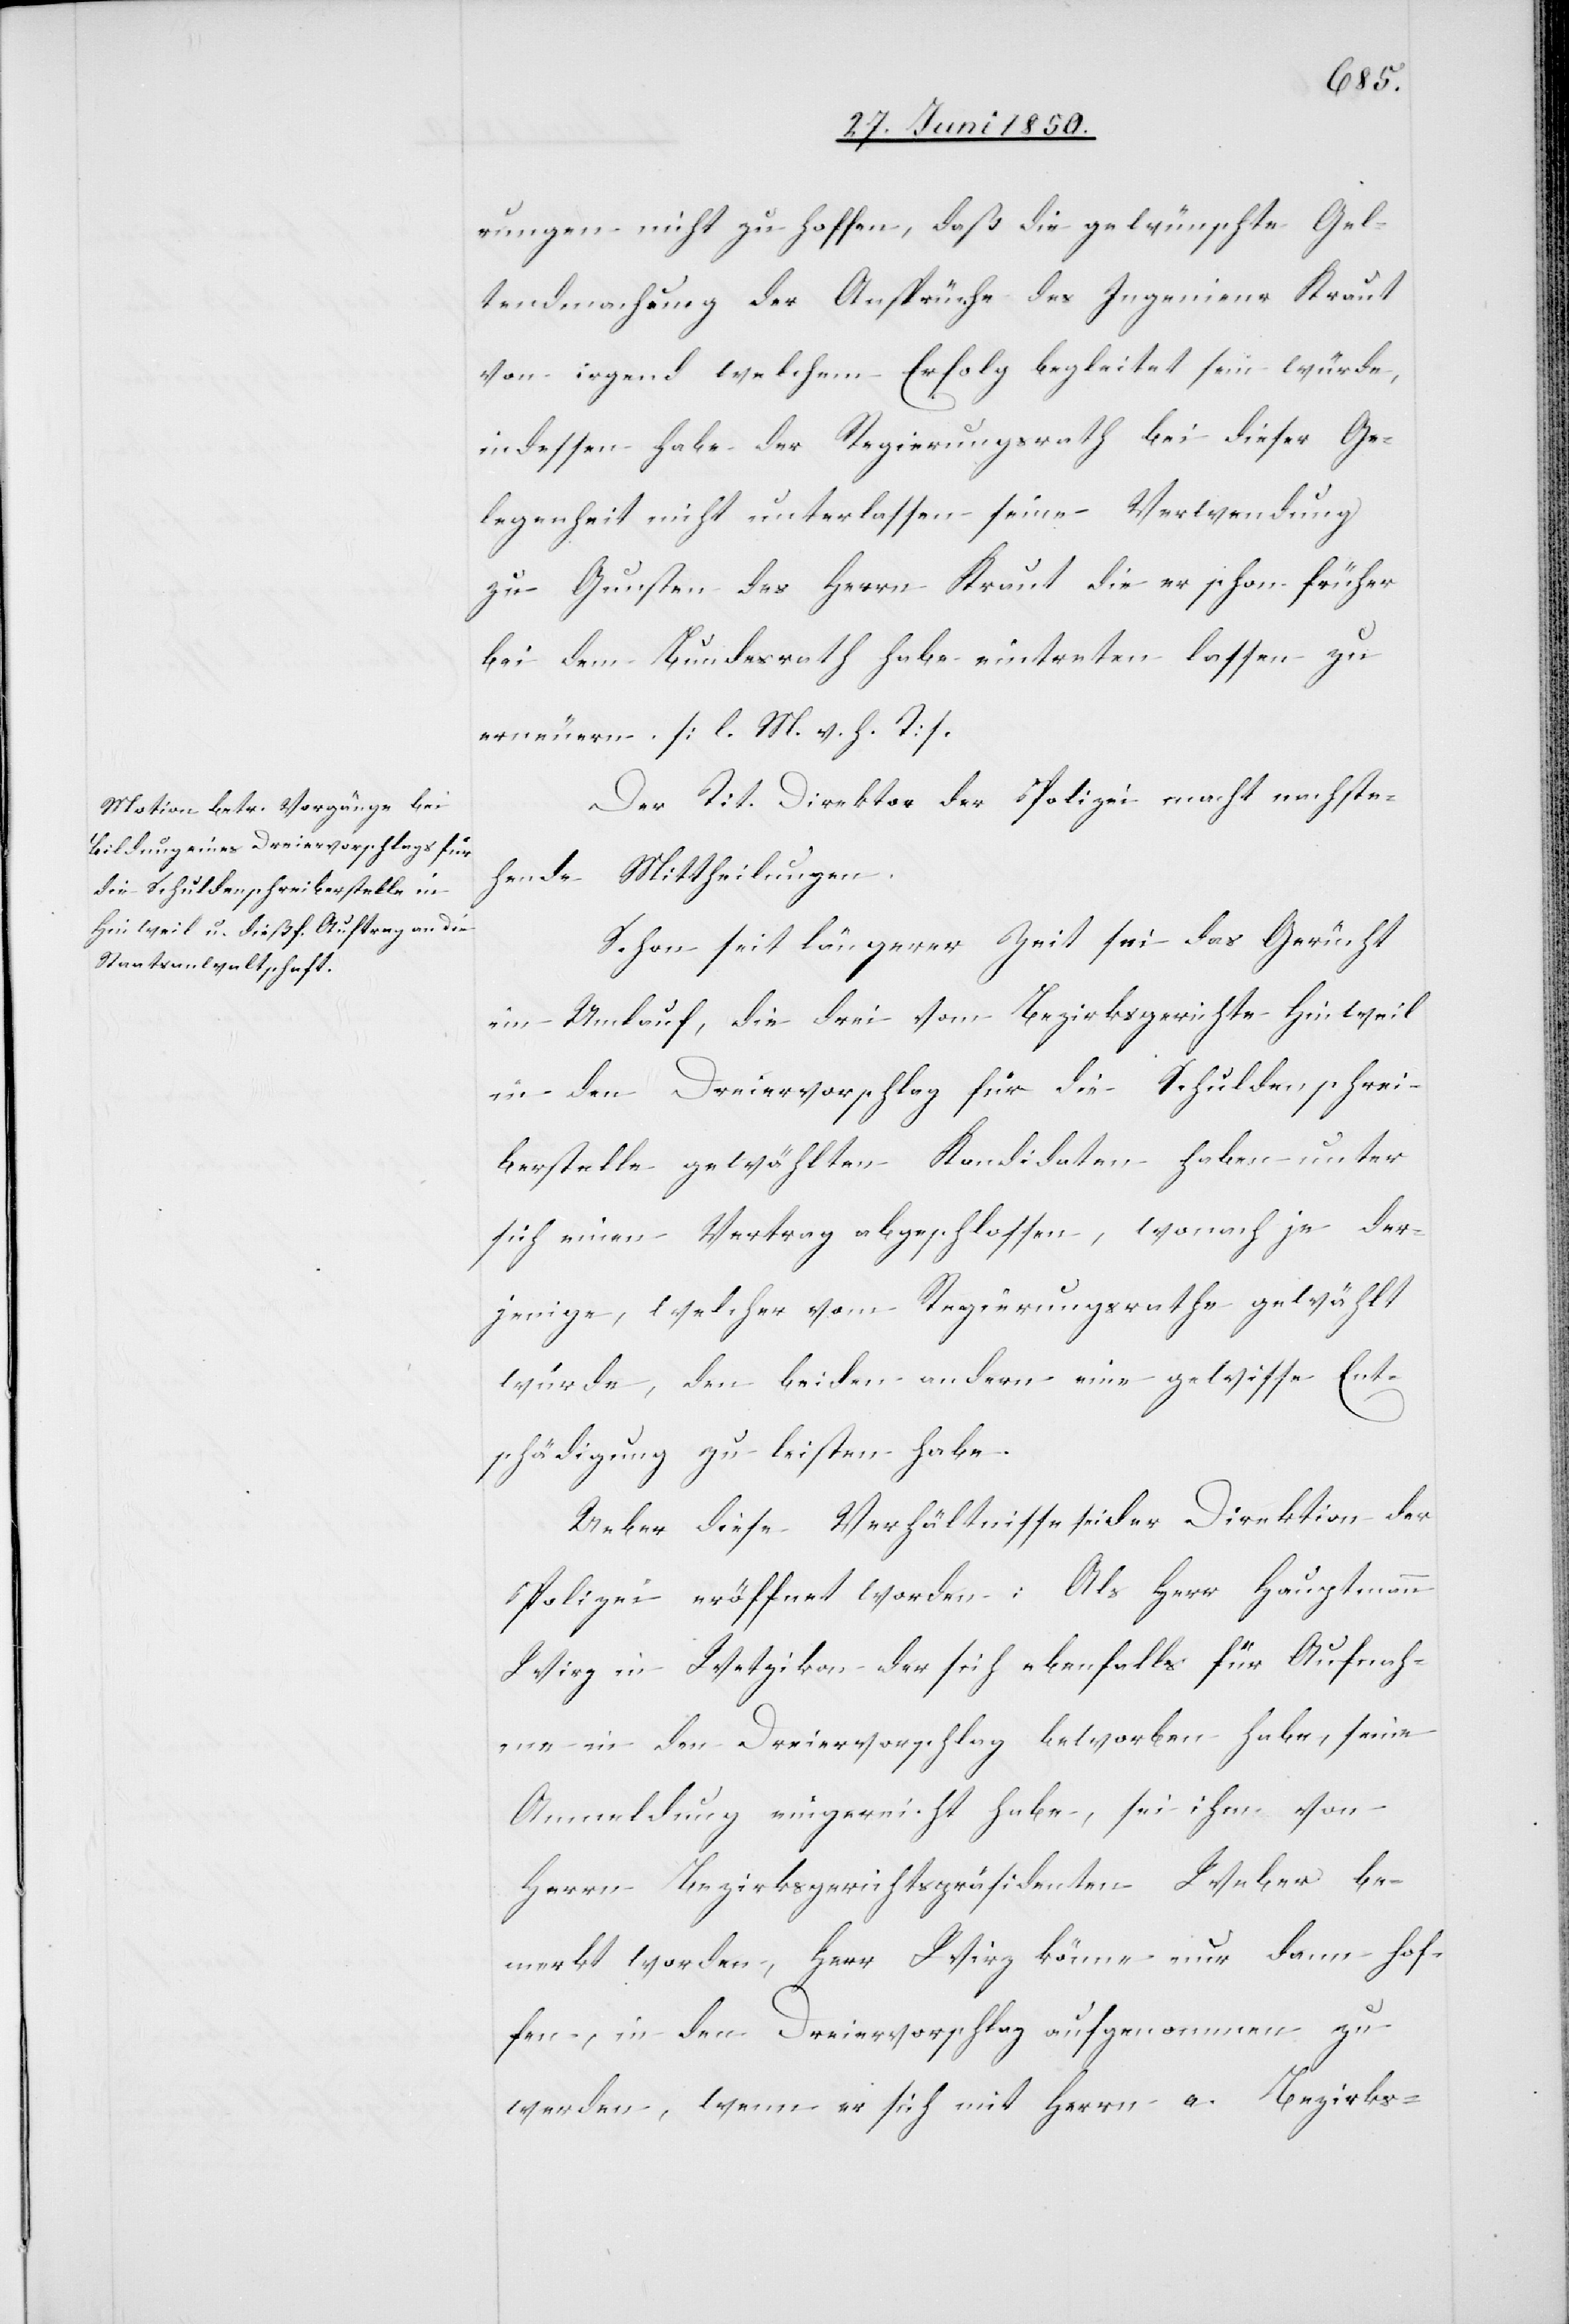
rungen nicht zu hoffen, daß die gewünschte Gel¬
tendmachung der Ansprüche des Ingenieur Kraut
von irgend welchem Erfolg begleitet sein würde,
indessen habe der Regierungsrath bei dieser Ge¬
legenheit nicht unterlassen seine Verwendung
zu Gunsten des Herrn Kraut die er schon früher
bei dem Bundesrath habe eintreten lassen zu
erneuern. [l. M. v. h. T]
Der Tit. Direktor der Polizei macht nachste¬
hende Mittheilungen.
Schon seit längerer Zeit sei das Gerücht
im Umlauf, die drei vom Bezirksgerichte Hinweil
in den Dreiervorschlag für die Schuldenschrei¬
berstelle gewählten Kandidaten haben unter
sich einen Vertrag abgeschlossen, wonach je der¬
jenige, welcher vom Regierungsrathe gewählt
würde, den beiden andern eine gewisse Ent¬
schädigung zu leisten habe.
Ueber diese Verhältnisse sei der Direktion der
Polizei eröffnet worden: Als Herr Hauptmann
Wirz in Wetzikon der sich ebenfalls für Aufnah¬
me in den Dreiervorschlag beworben habe, seine
Anmeldung eingereicht habe, sei ihm von
Herrn Bezirksgerichtspräsidenten Weber be¬
merkt worden, Herr Wirz könne nur dann hof¬
fen, in den Dreiervorschlag aufgenommen zu
werden, wenn er sich mit Herrn a[lt] Bezirks-